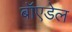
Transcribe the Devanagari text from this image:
बॉएडेल